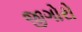
જીગોરો